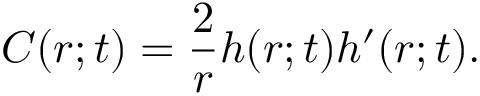
C ( r ; t ) = \frac { 2 } { r } h ( r ; t ) h ^ { \prime } ( r ; t ) .